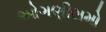
ઓગણીસમો